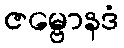
ဇမ္ဗောနဒံ